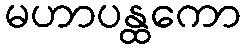
မဟာပန္ထကော